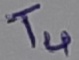
Text: T4